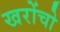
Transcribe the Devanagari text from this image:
खरोंचो